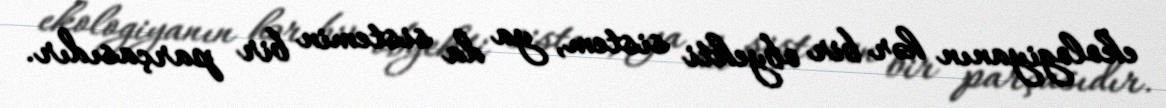
ekologiyanın hər bir obyekti sistem, ya da sistemin bir parçasıdır.